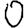
Digit: 0